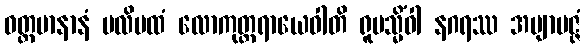
ဝတ္တမာနာနံ ပလိပထံ လောကုတ္တရာယေဝါတိ ရူပသ္မိံဝါ နဂရဿ အဗျာပဇ္ဇံ